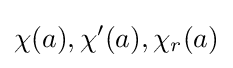
\chi (a),\chi '(a),\chi _{r}(a)